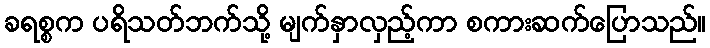
ခရစ္စက ပရိသတ်ဘက်သို့ မျက်နှာလှည့်ကာ စကားဆက်ပြောသည်။